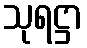
သုရဋ္ဌာ